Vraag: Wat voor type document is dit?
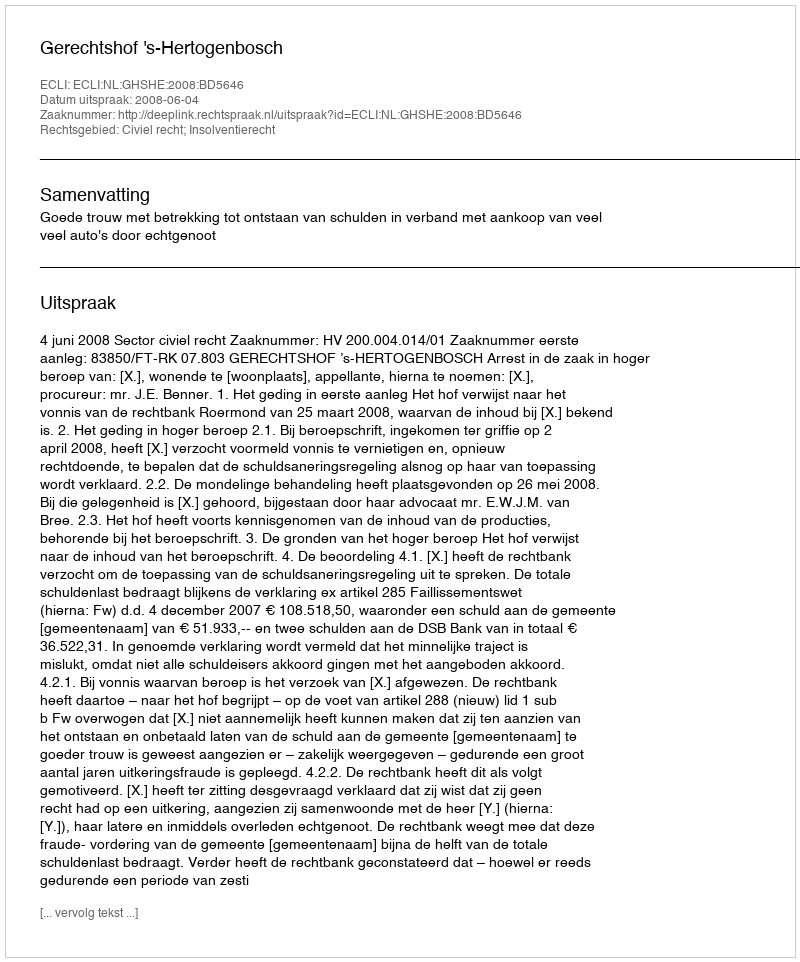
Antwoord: Uitspraak